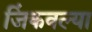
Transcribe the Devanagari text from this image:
जिंकवल्या